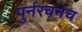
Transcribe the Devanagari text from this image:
पुर्नरचनेच